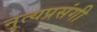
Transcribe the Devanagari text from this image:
नृत्यप्रसंगी